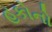
હકોનો